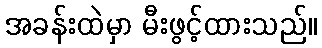
အခန်းထဲမှာ မီးဖွင့်ထားသည်။